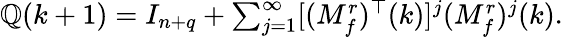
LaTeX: \mathbb{Q}(k+1)=I_{n+q}+\textstyle\sum_{j=1}^{\infty}[(M_{f}^{r})^{\top}(k)]^{j}(M_{f}^{r})^{j}(k).